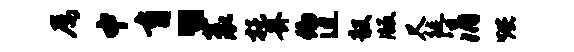
屡中育、蓑托卦偏迫毅版又徙涓烘